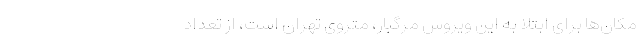
مکان‌ها برای ابتلا به این ویروس مرگبار، متروی تهران است، از تعداد